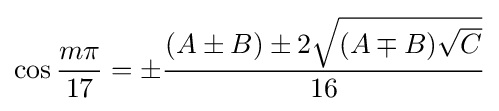
\cos {\frac {m\pi }{17}}=\pm {\frac {(A\pm B)\pm 2{\sqrt {(A\mp B){\sqrt {C}}}}}{16}}